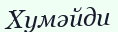
Хумәйди